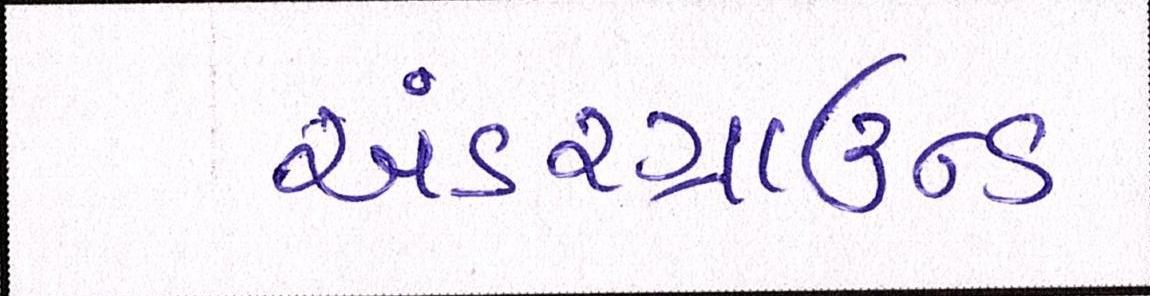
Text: અંડરગ્રાઉન્ડ